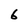
Character: 6